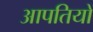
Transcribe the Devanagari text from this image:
आपतियों